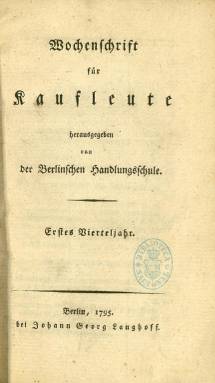
Título: Wochenschrift für Kaufleute
Colección: Economía
Ámbito geográfico: Alemania
Lugar de publicación: Berlin
Fechas: 01/01/1795-31/12/1795